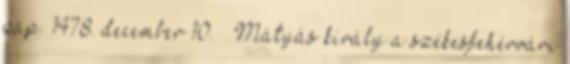
pap. 1478. december 10. – Mátyás király a székesfehérvári